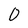
Character: 0